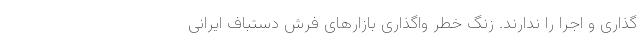
گذاری و اجرا را ندارند. زنگ خطر واگذاری بازارهای فرش دستباف ایرانی